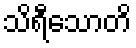
သိရီသောတိ